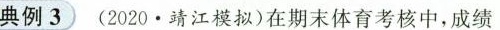
典例3) (2020·靖江模拟)在期末体育考核中，成绩